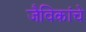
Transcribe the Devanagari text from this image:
जैविकांचे